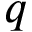
q